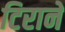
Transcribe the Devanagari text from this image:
टिराने